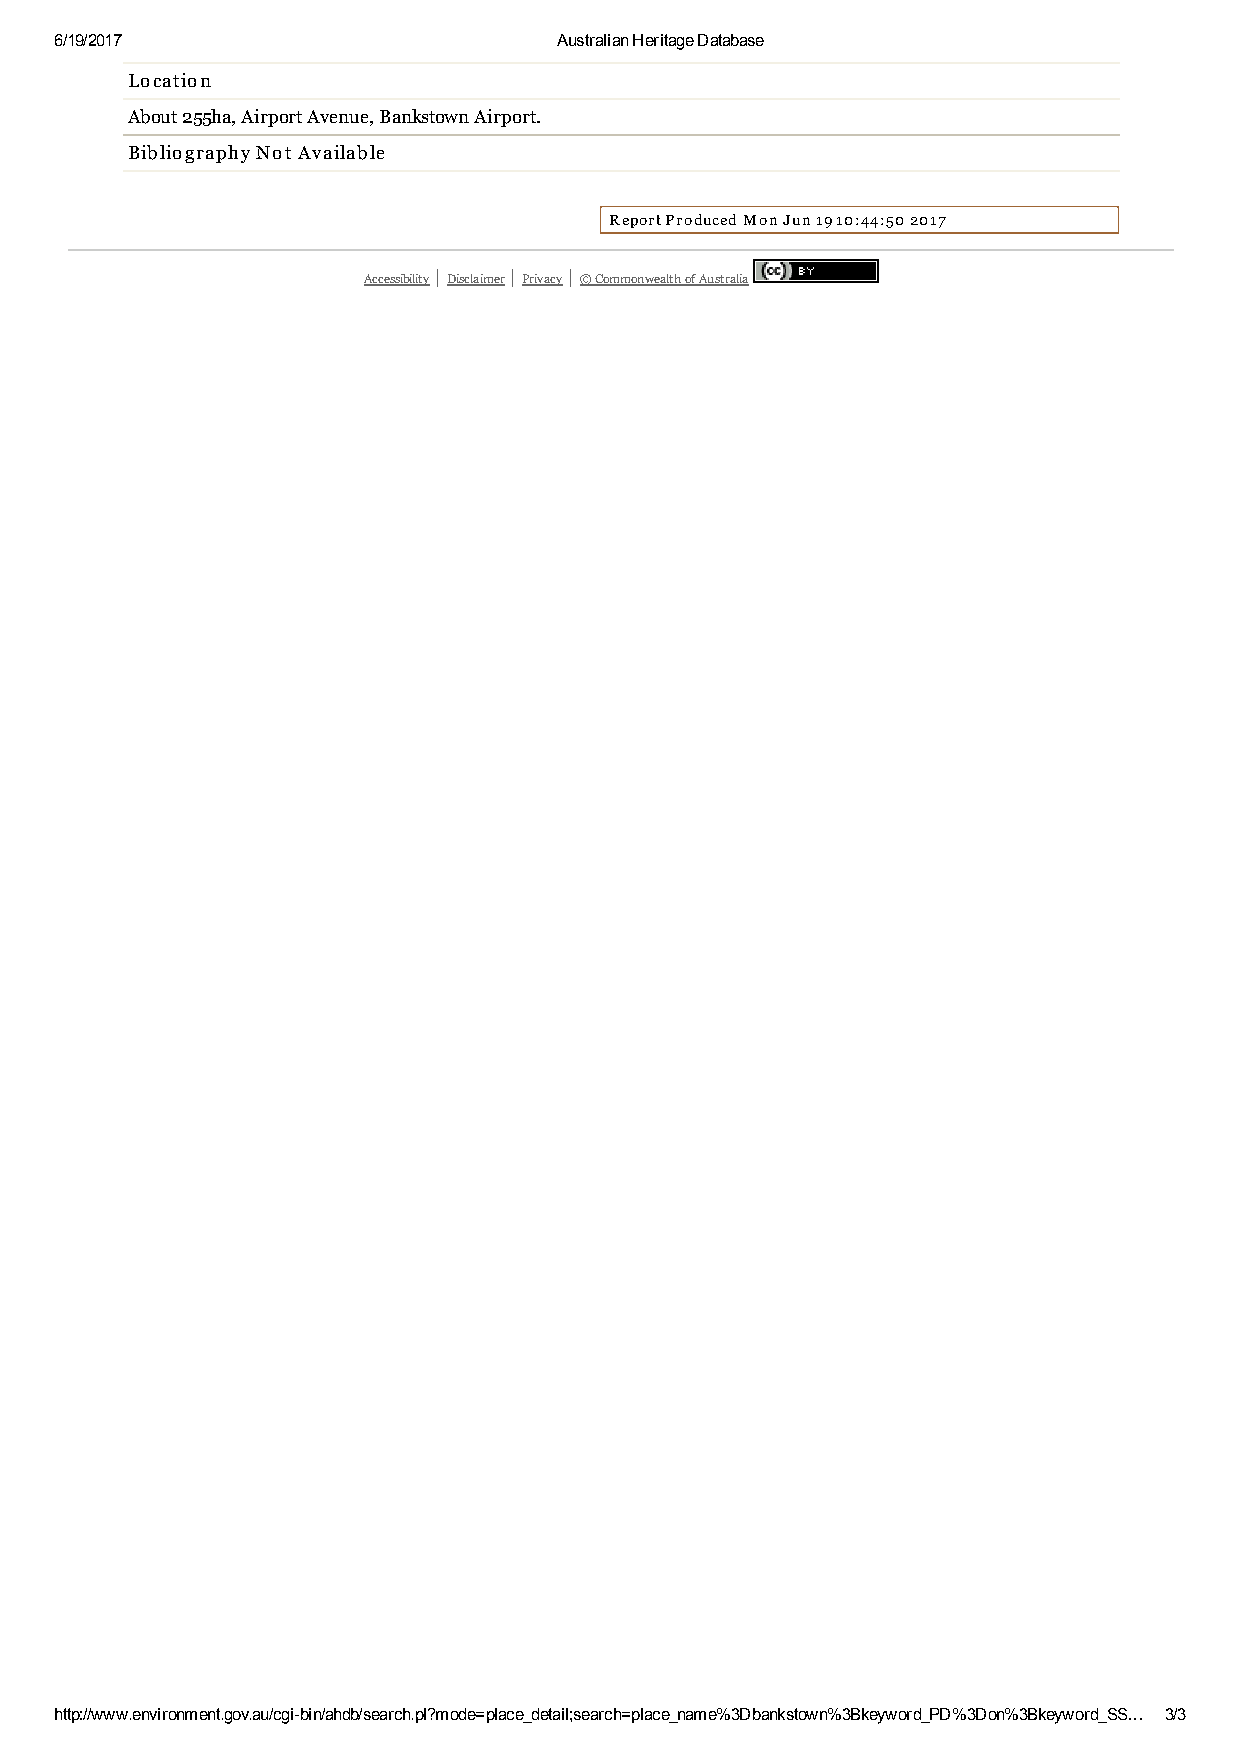
6/19/2017                        Australian Heritage Database
 Location
 About 255ha, Airport Avenue, Bankstown Airport.
 Bibliography Not Available
 Report Produced Mon Jun 19 10:44:50 2017
 Accessibility | Disclaimer | Privacy | © Commonwealth of Australia
 http://www.environment.gov.au/cgi-bin/ahdb/search.pl?mode=place_detail;search=place_name%3Dbankstown%3Bkeyword_PD%3Don%3Bkeyword_SS… 3/3